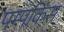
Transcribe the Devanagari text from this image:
पम्पकिंस